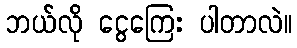
ဘယ်လို ငွေကြေး ပါတာလဲ။